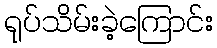
ရုပ်သိမ်းခဲ့ကြောင်း